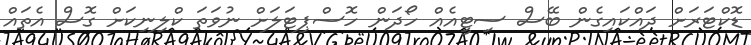
ޑޮކްޓަރަށް ދައްކައިގެން ބޭސް ސިޓީއެއް ހޯދަން ހޮސްޕިޓަލަށް ނުވަތަ ކްލިނިކަށް ގޮސް އެތައް